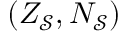
( Z _ { \mathcal { S } } , N _ { \mathcal { S } } )